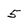
Character: 5